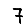
Digit: 7